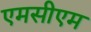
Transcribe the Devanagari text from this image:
एमसीएम